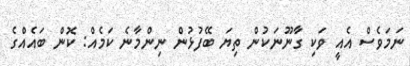
ނަމަވެސް އެއީ ވަކި ގާނޫނަކުން ތިޔަ ބޭފުޅުން ނިންމާނެ ކަމެއް: ކޮން ބައެއްގެ